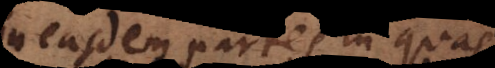
easdem partes in quas